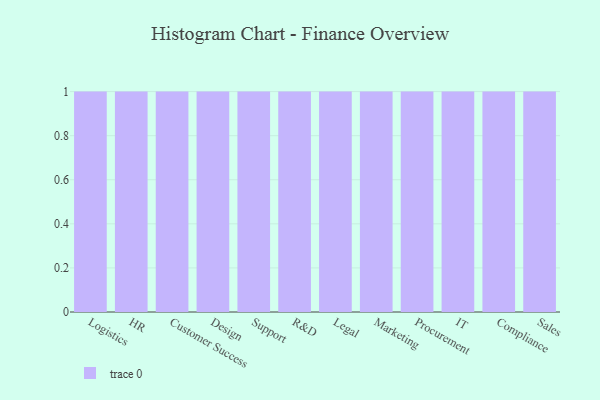
{"axis": {"x": "Department", "y": "Revenue (USD Million)"}, "legend": [""], "data": [{"x": "Logistics", "y": 56, "type": ""}, {"x": "HR", "y": 77, "type": ""}, {"x": "Customer Success", "y": 5, "type": ""}, {"x": "Design", "y": 8, "type": ""}, {"x": "Support", "y": 60, "type": ""}, {"x": "R&D", "y": 35, "type": ""}, {"x": "Legal", "y": 51, "type": ""}, {"x": "Marketing", "y": 11, "type": ""}, {"x": "Procurement", "y": 78, "type": ""}, {"x": "IT", "y": 78, "type": ""}, {"x": "Compliance", "y": 13, "type": ""}, {"x": "Sales", "y": 96, "type": ""}]}